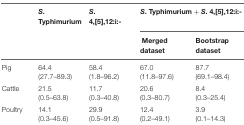
<table><thead><tr><td>[EMPTY_CELL]</td><td><b><i>S</i>. Typhimurium</b></td><td><b><i>S</i>. 4,[5],12:i:-</b></td><td colspan="2"><b><i>S</i>. Typhimurium + <i>S</i>. 4,[5],12:i:-</b></td></tr><tr><td>[EMPTY_CELL]</td><td>[EMPTY_CELL]</td><td>[EMPTY_CELL]</td><td><b>Merged dataset</b></td><td><b>Bootstrap dataset</b></td></tr></thead><tbody><tr><td>Pig</td><td>64.4 (27.7–89.3)</td><td>58.4 (1.8–96.2)</td><td>67.0 (11.8–97.6)</td><td>87.7 (69.1–98.4)</td></tr><tr><td>Cattle</td><td>21.5 (0.5–63.8)</td><td>11.7 (0.3–40.8)</td><td>20.6 (0.3–80.7)</td><td>8.4 (0.3–25.4)</td></tr><tr><td>Poultry</td><td>14.1 (0.3–45.6)</td><td>29.9 (0.5–91.8)</td><td>12.4 (0.2–49.1)</td><td>3.9 (0.1–14.3)</td></tr></tbody></table>